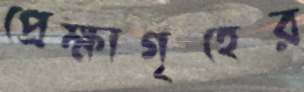
প্রেক্ষাগৃহের